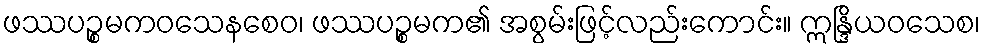
ဖဿပဉ္စမကဝသေနစေဝ၊ ဖဿပဉ္စမက၏ အစွမ်းဖြင့်လည်းကောင်း။ ဣန္ဒြိယဝသေစ၊